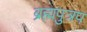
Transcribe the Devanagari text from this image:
ब्रह्मपुत्रप